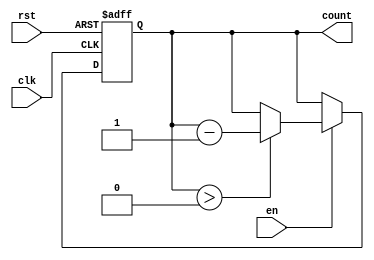
module binary_down_counter (
    input wire clk,       // Clock signal
    input wire rst,       // Asynchronous reset signal
    input wire en,        // Enable signal
    output reg [3:0] count // 4-bit output count
);

    // Define the maximum value for a 4-bit counter
    localparam MAX_VALUE = 4'b1111;

    // Asynchronous reset and counting logic
    always @(posedge clk or posedge rst) begin
        if (rst) begin
            // Reset to maximum value
            count <= MAX_VALUE;
        end else if (en) begin
            if (count > 0) begin
                // Decrement the count if it is greater than 0
                count <= count - 1;
            end
            // If count is 0 and enabled, it will hold at 0
            // To wrap around to MAX_VALUE, uncomment the line below:
            // else begin count <= MAX_VALUE; end
        end
    end

    // Initialize count at startup (optional)
    initial begin
        count = MAX_VALUE;
    end

endmodule